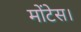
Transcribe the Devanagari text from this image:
मोंटेस।